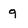
Character: q